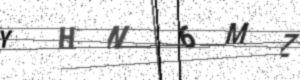
Text: YHN6MZ